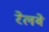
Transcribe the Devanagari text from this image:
रेलबे